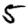
Digit: 5